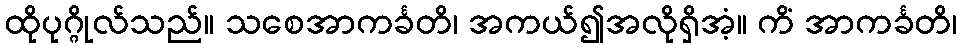
ထိုပုဂ္ဂိုလ်သည်။ သစေအာကင်္ခတိ၊ အကယ်၍အလိုရှိအံ့။ ကိံ အာကင်္ခတိ၊